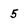
Character: 5